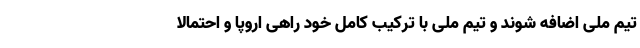
تیم ملی اضافه شوند و تیم ملی با ترکیب کامل خود راهی اروپا و احتمالا